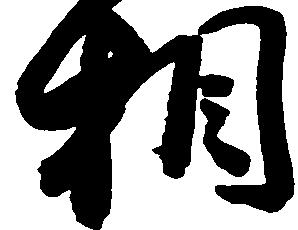
相